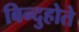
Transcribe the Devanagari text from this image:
बिन्दुहोते